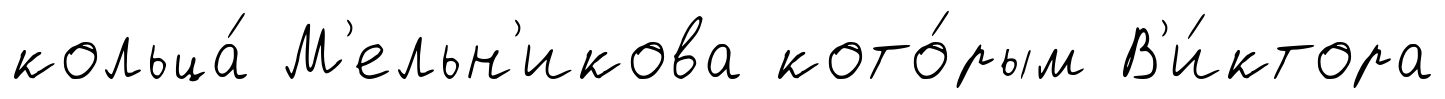
кольца́ М'ельн'икова кото́рым В'и́ктора